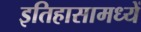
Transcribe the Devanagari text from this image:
इतिहासामध्यें